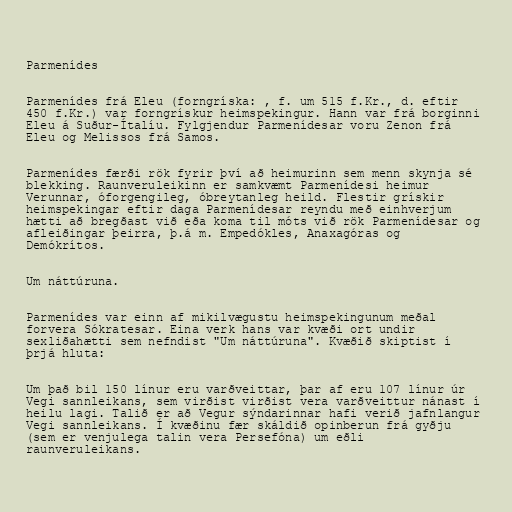
Parmenídes

Parmenídes frá Eleu (forngríska: , f. um 515 f.Kr., d. eftir
450 f.Kr.) var forngrískur heimspekingur. Hann var frá borginni
Eleu á Suður-Ítalíu. Fylgjendur Parmenídesar voru Zenon frá
Eleu og Melissos frá Samos.

Parmenídes færði rök fyrir því að heimurinn sem menn skynja sé
blekking. Raunveruleikinn er samkvæmt Parmenídesi heimur
Verunnar, óforgengileg, óbreytanleg heild. Flestir grískir
heimspekingar eftir daga Parmenídesar reyndu með einhverjum
hætti að bregðast við eða koma til móts við rök Parmenídesar og
afleiðingar þeirra, þ.á m. Empedókles, Anaxagóras og
Demókrítos.

Um náttúruna.

Parmenídes var einn af mikilvægustu heimspekingunum meðal
forvera Sókratesar. Eina verk hans var kvæði ort undir
sexliðahætti sem nefndist "Um náttúruna". Kvæðið skiptist í
þrjá hluta:

Um það bil 150 línur eru varðveittar, þar af eru 107 línur úr
Vegi sannleikans, sem virðist virðist vera varðveittur nánast í
heilu lagi. Talið er að Vegur sýndarinnar hafi verið jafnlangur
Vegi sannleikans. Í kvæðinu fær skáldið opinberun frá gyðju
(sem er venjulega talin vera Persefóna) um eðli
raunveruleikans.